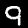
Label: 9